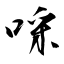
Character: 啋